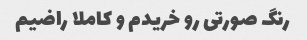
رنگ صورتی رو خریدم و کاملا راضیم